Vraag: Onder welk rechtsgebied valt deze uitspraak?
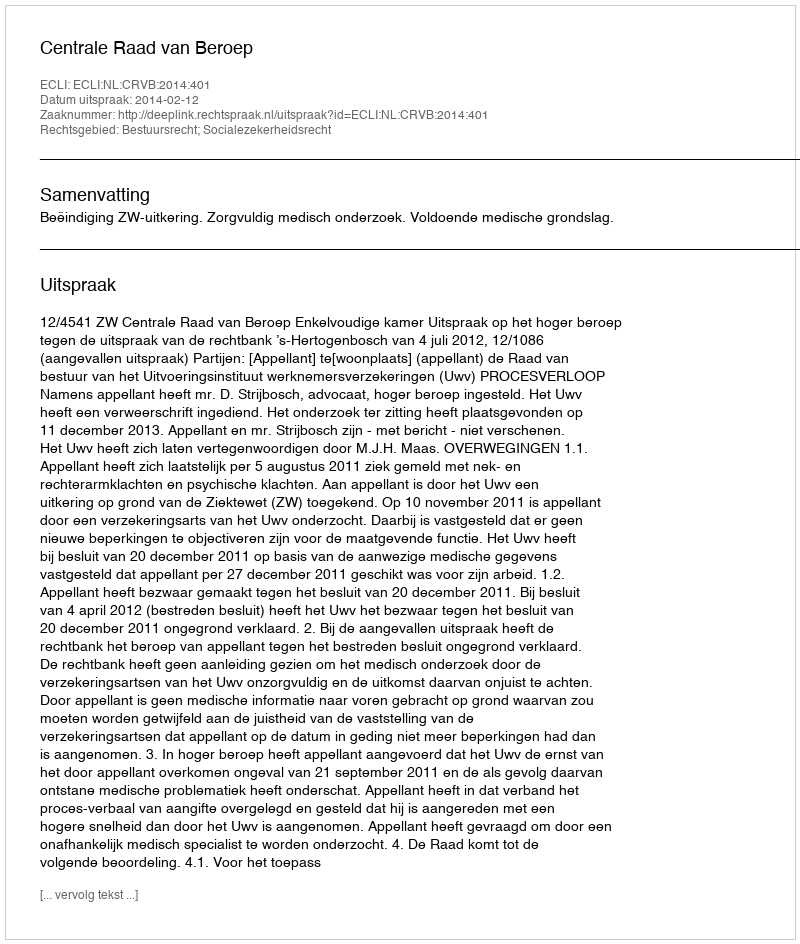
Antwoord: Bestuursrecht; Socialezekerheidsrecht